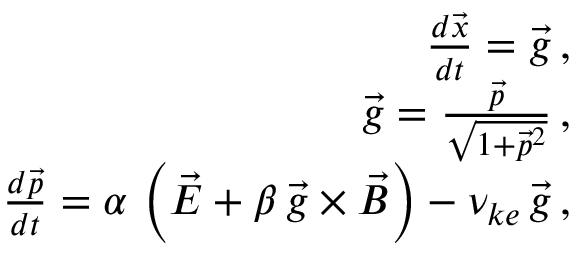
\begin{array} { r l r } & { } & { \frac { d \vec { x } } { d t } = \vec { g } \, , } \\ & { } & { \vec { g } = \frac { \vec { p } } { \sqrt { 1 + \vec { p } ^ { 2 } } } \, , } \\ & { } & { \frac { d \vec { p } } { d t } = \alpha \, \left( \vec { E } + \beta \, \vec { g } \times \vec { B } \right) - \nu _ { k e } \, \vec { g } \, , } \end{array}